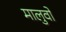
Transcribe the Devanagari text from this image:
मालुवो